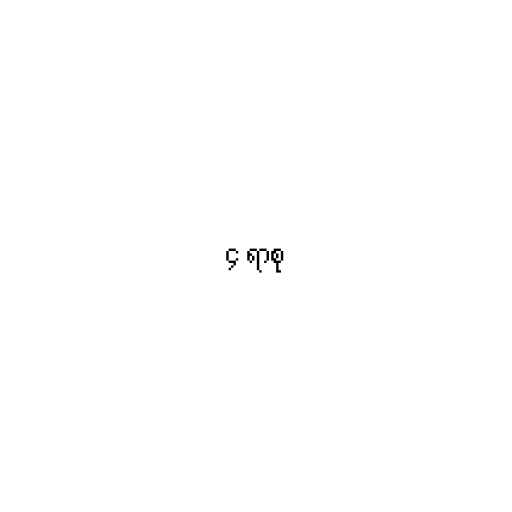
၄ ရာစု